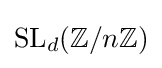
\mathrm {SL} _{d}(\mathbb {Z} /n\mathbb {Z} )